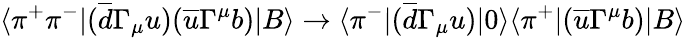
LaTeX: \langle\pi^{+}\pi^{-}|(\overline{{{d}}}\Gamma_{\mu}u)(\overline{{{u}}}\Gamma^{\mu}b)|B\rangle\rightarrow\langle\pi^{-}|(\overline{{{d}}}\Gamma_{\mu}u)|0\rangle\langle\pi^{+}|(\overline{{{u}}}\Gamma^{\mu}b)|B\rangle